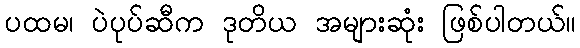
ပထမ၊ ပဲပုပ်ဆီက ဒုတိယ အများဆုံး ဖြစ်ပါတယ်။